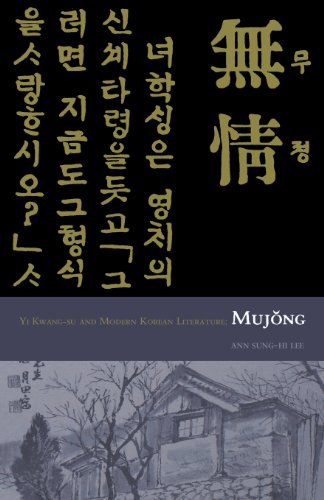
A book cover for Yi Kwang-su and Modern Korean Literature: Mujong (Cornell East Asia); Ann Sung-hi Lee; Literature & Fiction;